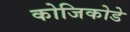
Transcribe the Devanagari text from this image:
कोजिकोडे